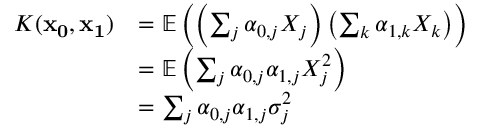
\begin{array} { r l } { K ( \mathbf { x _ { 0 } } , \mathbf { x _ { 1 } } ) } & { = \mathbb { E } \left( \left( \sum _ { j } \alpha _ { 0 , j } X _ { j } \right) \left( \sum _ { k } \alpha _ { 1 , k } X _ { k } \right) \right) } \\ & { = \mathbb { E } \left( \sum _ { j } \alpha _ { 0 , j } \alpha _ { 1 , j } X _ { j } ^ { 2 } \right) } \\ & { = \sum _ { j } \alpha _ { 0 , j } \alpha _ { 1 , j } \sigma _ { j } ^ { 2 } } \end{array}